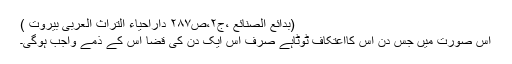
(بدائع الصنائع ،ج۲،ص۲۸۷ داراحیاء التراث العربی بیروت )
اِس صُورت میں جس دن اس کااِعْتِکاف ٹوٹاہے صِرْف اُس ایک دن کی قَضا اُس کے ذِمّے واجِب ہوگی۔